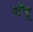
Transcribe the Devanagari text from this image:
पर्टेन्यू